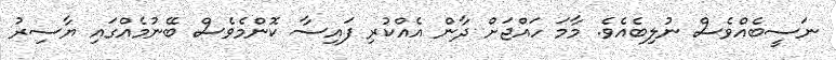
ނަސީބެއްވެސް ނުލިބެއެވެ. މާމަ ހައްޖަށް ދާން އެއްކުރި ފައިސާ ކޮންމެވެސް ބޭނުމެއްގައި ޔާސިރު